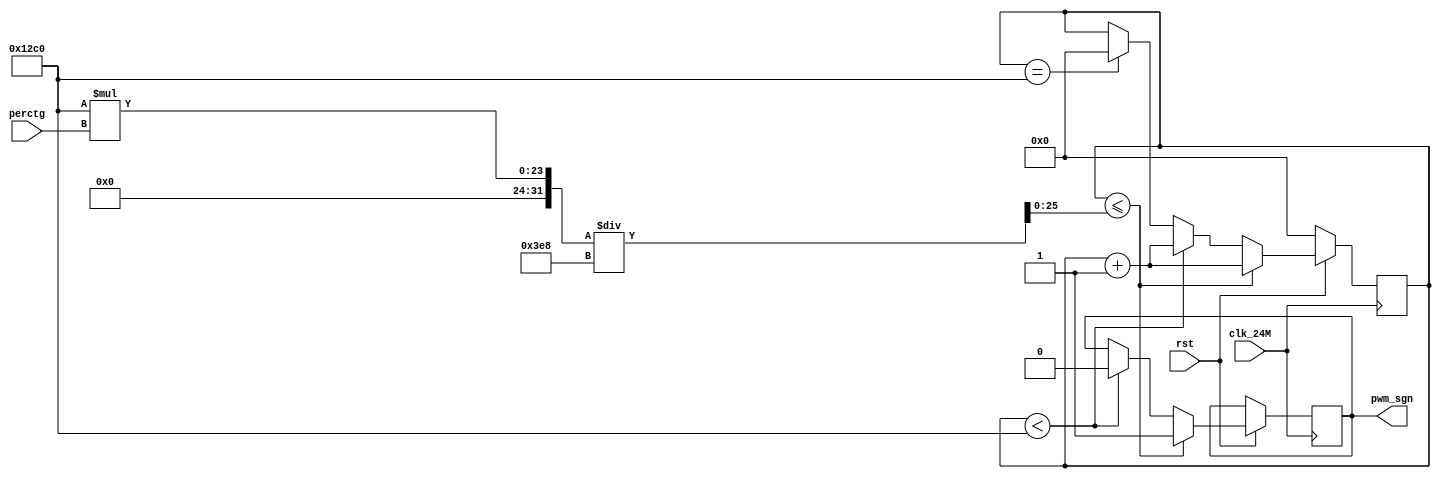
module pwm#(
	parameter sys_clk = 24_000_000, ///
	parameter pwm_fre = 5000 
)
(
input clk_24M,
input rst,
input [10:0] perctg,	  /////
output pwm_sgn //signal 
); 

wire [25:0] pwm_num;	  ////
reg [25:0] pwm_cnt;	 ////
wire  [25:0] pwm_1;    ///

assign pwm_num = sys_clk/pwm_fre ;
assign pwm_1 = pwm_num*perctg/1000;
reg pwm_sgn_r;
always @(posedge clk_24M) begin 
	if(!rst) begin 
		pwm_cnt <= 0 ;
	end 
	else if(pwm_cnt <= pwm_1) begin 
		pwm_sgn_r <= 1 ;
		pwm_cnt <= pwm_cnt + 1 ;
	end 
	else if (pwm_cnt < pwm_num) begin 
		pwm_sgn_r <= 0 ;
		pwm_cnt <= pwm_cnt + 1 ;
	end 
	else if (pwm_cnt == pwm_num)
		pwm_cnt <= 0 ;
	else 
		pwm_cnt <= pwm_cnt ;
end 

assign pwm_sgn = pwm_sgn_r ;


endmodule